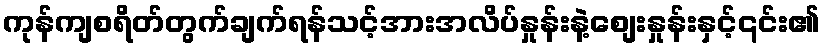
ကုန်ကျစရိတ်တွက်ချက်ရန်သင့်အားအလိပ်နှုန်းနဲ့စျေးနှုန်းနှင့်၎င်း၏